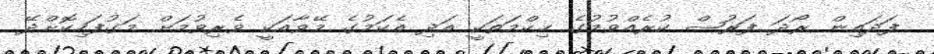
ފަދައިން ރޯދަ ފަރުޟް ކުރެއްވުމުގެ ޙިކްމަތަކީ އަދި އެކަމުގެ މޭވާއަކީ ވެރިވުމަށް މަގުފަހިކޮށްދޭ